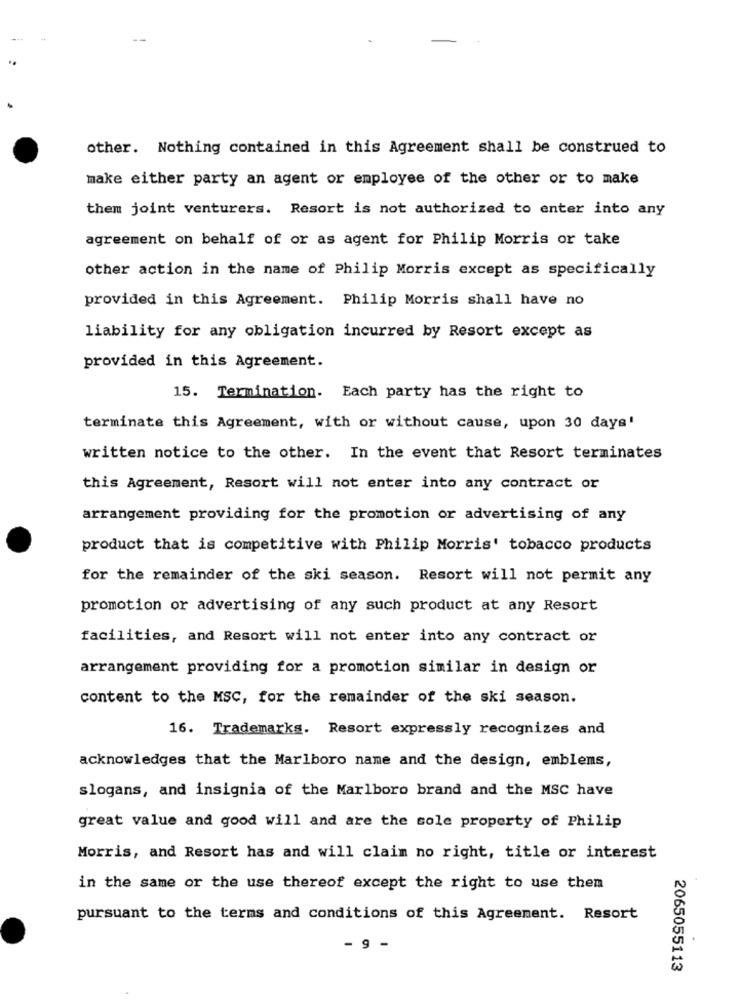
other. Nothing contained in this Agreement shall be construed to
make either party an agent or employee of the other or to make
them joint venturers. Resort is not authorized to enter into any
agreement on behalf of or as agent for Philip Morris or take
other action in the name of Philip Morris except as specifically
provided in this Agreement. Philip Morris shall have no
liability for any obligation incurred by Resort except as
provided in this Agreement.
15. Termination. Each party has the right to
terminate this Agreement, with or without cause, upon 30 days'
written notice to the other. In the event that Resort terminates
this Agreement, Resort will not enter into any contract or
arrangement providing for the promotion or advertising of any
product that is competitive with Philip Morris' tobacco products
for the remainder of the ski season. Resort will not permit any
promotion or advertising of any such product at any Resort
facilities, and Resort will not enter into any contract or
arrangement providing for a promotion similar in design or
content to the MSC, for the remainder of the ski season.
16. Trademarks. Resort expressly recognizes and
acknowledges that the Marlboro name and the design, emblems,
slogans, and insignia of the Marlboro brand and the MSC have
great value and good will and are the sole property of Philip
Morris, and Resort has and will claim no right, title or interest
in the same or the use thereof except the right to use them
pursuant to the terms and conditions of this Agreement. Resort
- 9 -
.
2065055113